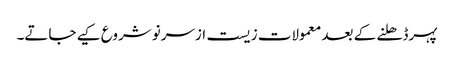
پہرڈھلنے کے بعد معمولات زیست ازسرنو شروع کیے جاتے۔